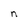
Character: n